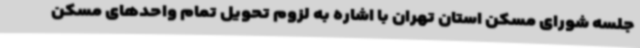
جلسه شورای مسکن استان تهران با اشاره به لزوم تحویل تمام واحدهای مسکن